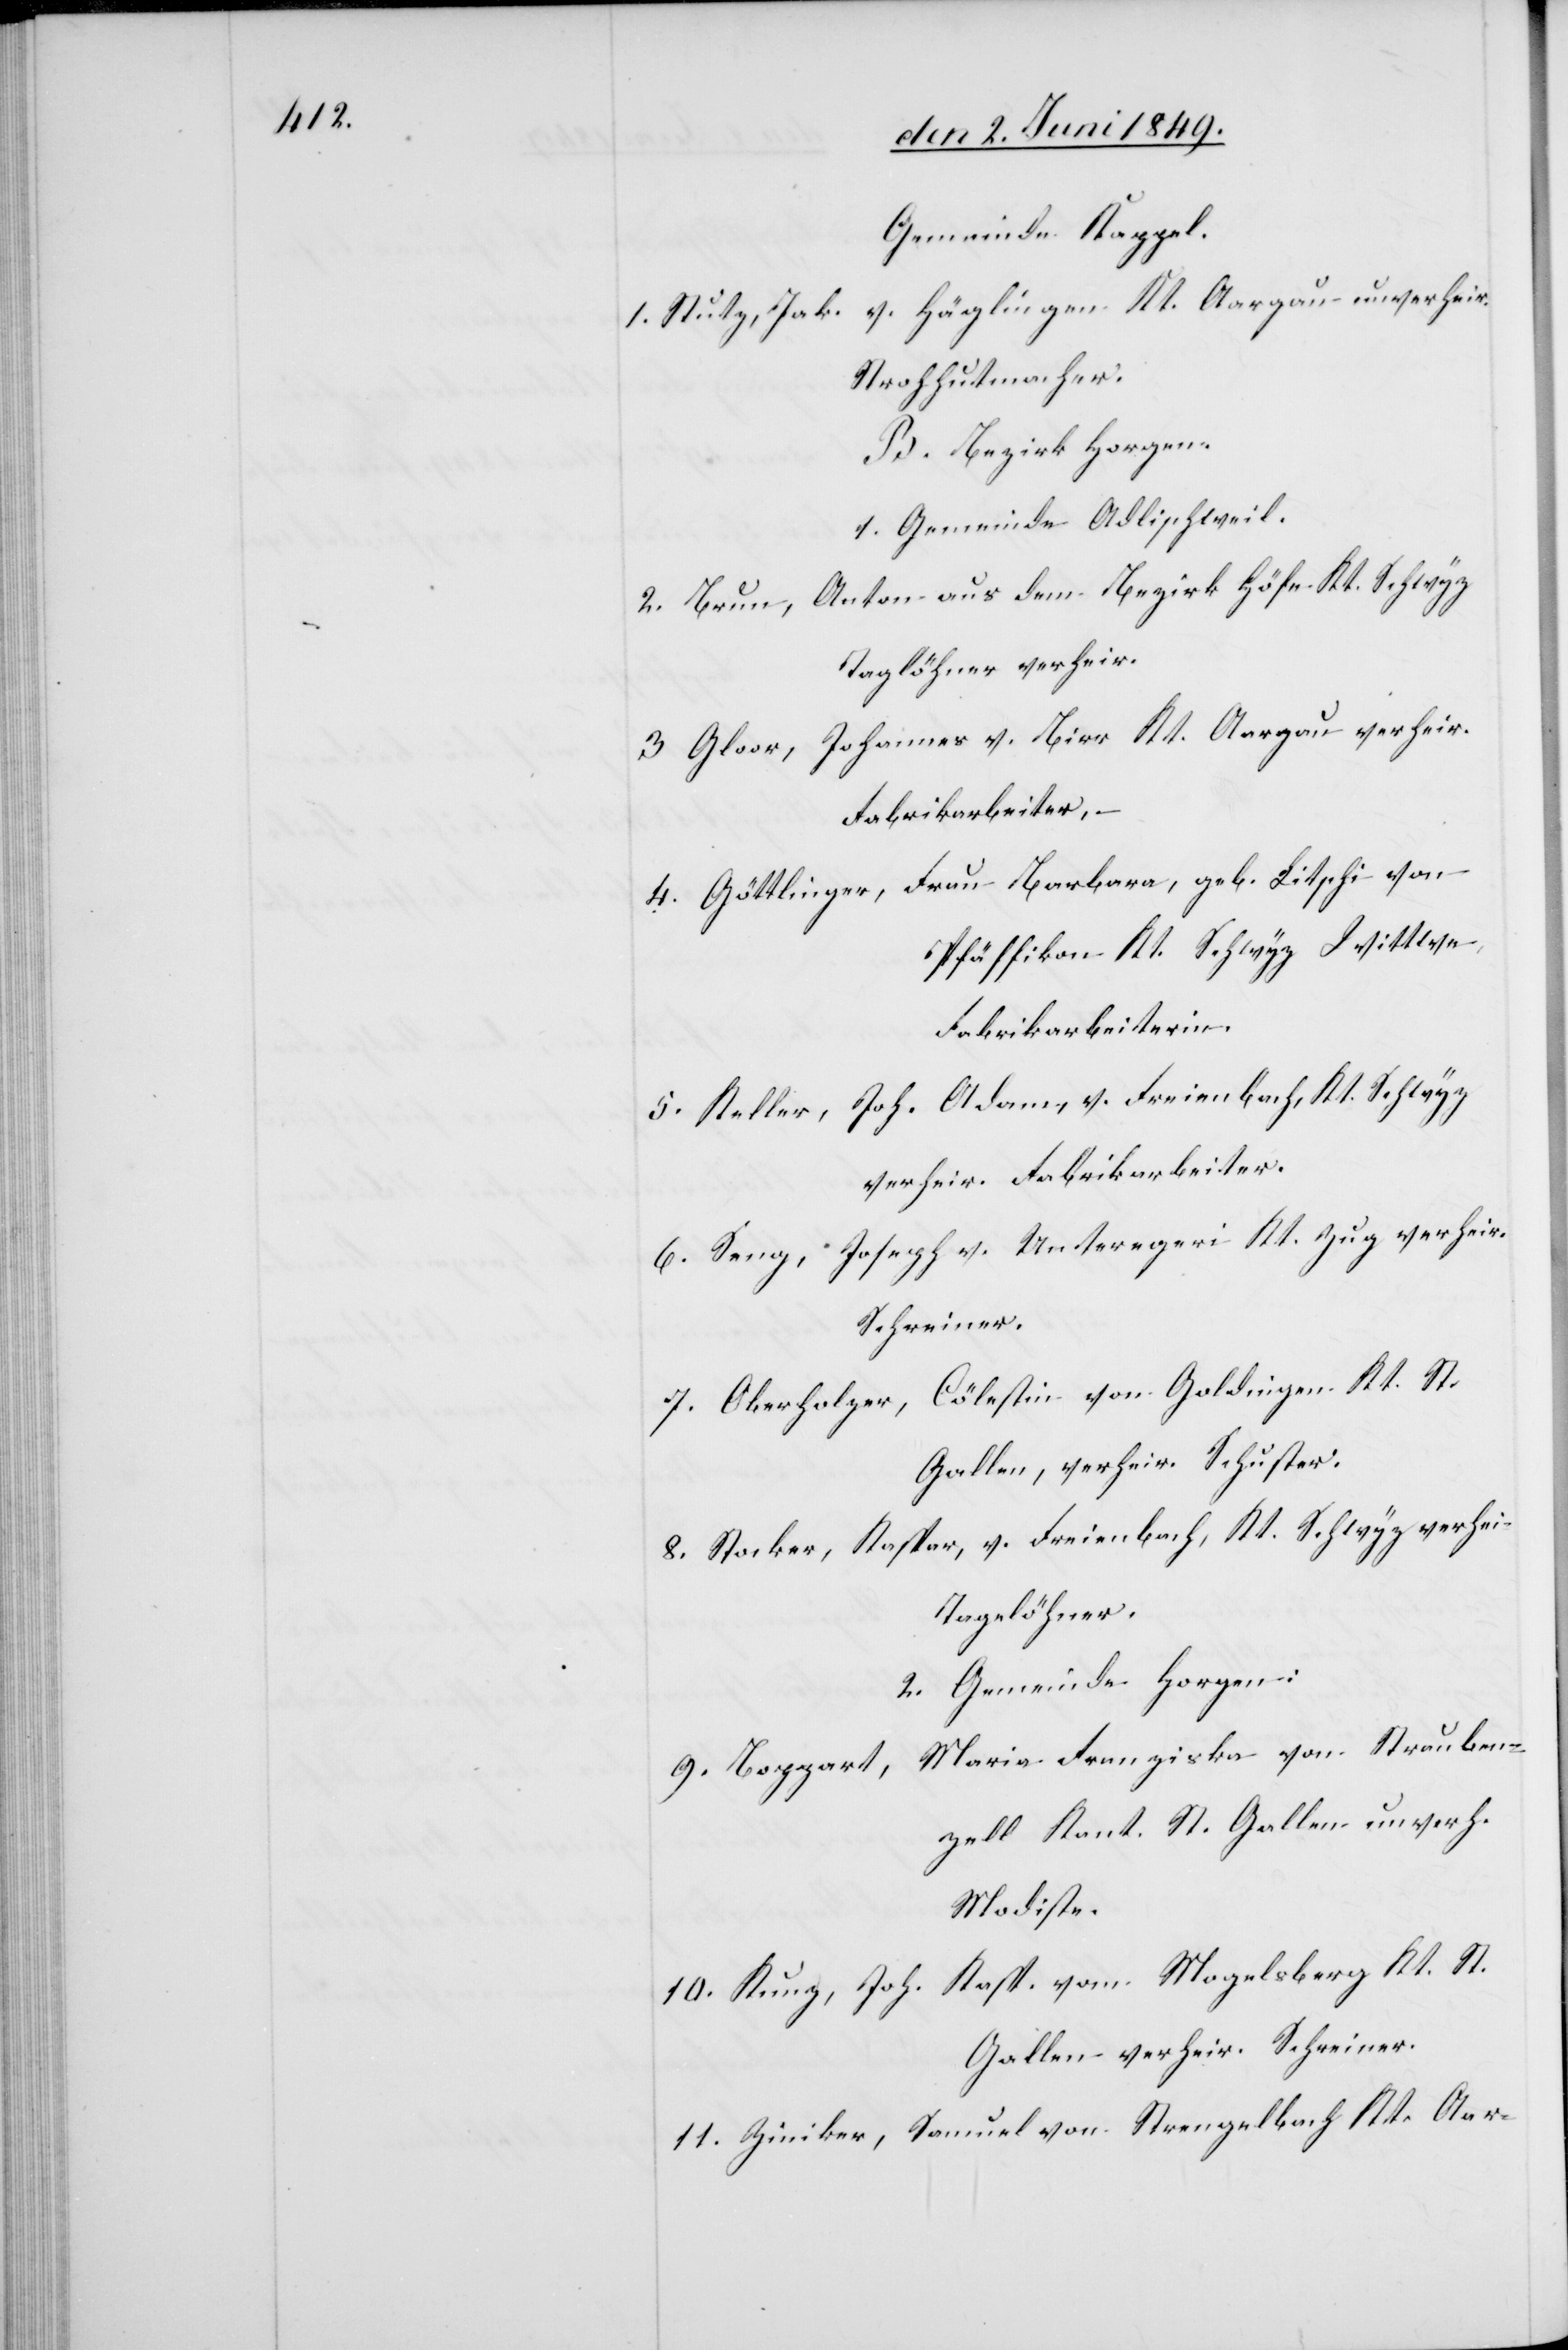
Gemeinde Kappel.
v. Häglingen Kt. Aargau unverheir.
1. Stutz, Jak.
Strohhutmacher.
B. Bezirk Horgen.
1. Gemeinde Adlischweil.
Anton aus dem Bezirk Höfe Kt. Schwyz
2. Brun,
Taglöhner verheir.
3. Gloor, Johannes v. Birr Kt. Aargau verheir.
Fabrikarbeiter, –
4. Göttlinger, Frau Barbara, geb. Litschi von
Pfäffikon Kt. Schwyz Wittwe,
Fabrikarbeiterinn.
5. Keller, Joh. Adam v. Freienbach, Kt. Schwyz,
verheir. Fabrikarbeiter.
6. Seng, Joseph v. Unteregeri Kt. Zug verheir.
Schreiner.
7. Oberholzer, Cölestin von Goldingen Kt. St.
Gallen, verheir. Schuster.
8. Stocker, Kaspar, v. Freienbach, Kt. Schwyz verhei.
Tagelöhner.
2. Gemeinde Horgen:
Maria Franziska von Strauben¬
9. Boppart,
zell Kant. St. Gallen unverh.
Modiste.
10. Kunz, Joh. vom Mogelsberg Kt. St.
Gallen verheir. Schreiner.
11. Ziniker, Samuel von Strengelbach Kt. Aar-